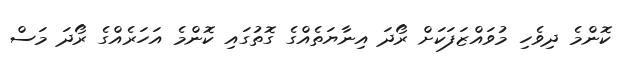
ކޮންމެ ދިވެހި މުވައްޒަފަކަށް ރޯދަ އިނާޔަތެއްގެ ގޮތުގައި ކޮންމެ އަހަރެއްގެ ރޯދަ މަސް